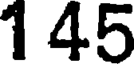
1 45